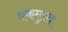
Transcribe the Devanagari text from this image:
एकमुस्त